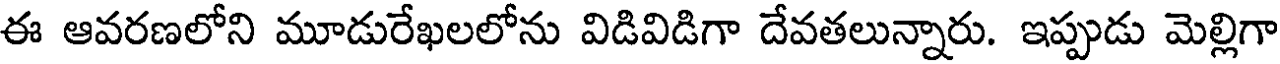
ఈ ఆవరణలోని మూడురేఖలలోను విడివిడిగా దేవతలున్నారు. ఇప్పుడు మెల్లిగా